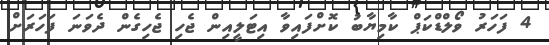
4 ފަހަރު ވޯލްޑްކަޕް ކާމިޔާބު ކޮށްފައިވާ އިޓަލީއިން ޖެހި ޖެހިގެން ދެވަނަ ފަހަރަށް